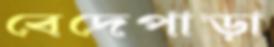
বেদেপাড়া